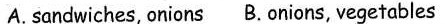
A. sandwiches, onions B.onions, vegetables